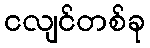
ငလျင်တစ်ခု